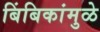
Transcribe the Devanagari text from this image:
बिंबिकांमुळे